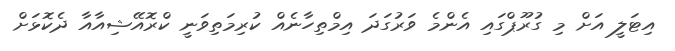
އިޓަލީ އަށް މި ގުރޫޕްގައި އެންމެ ވަރުގަދަ އިމްތިހާނެއް ކުރިމަތިވަނީ ކްރޮއޭޝިއާއާ ދެކޮޅަށް